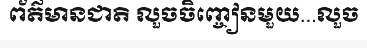
ព័ត៌មានជាតិ លួចចិញ្ចៀនមួយ...លួច